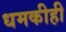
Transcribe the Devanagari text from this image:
धमकीही